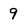
Character: 9